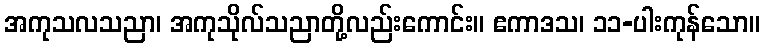
အကုသလသညာ၊ အကုသိုလ်သညာတို့လည်းကောင်း။ ဧကာဒသ၊ ၁၁-ပါးကုန်သော။